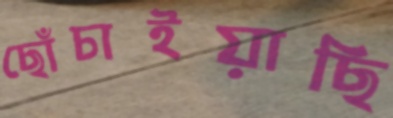
ছোঁচাইয়াছি